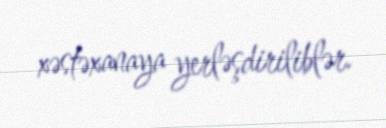
xəstəxanaya yerləşdiriliblər.